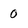
Character: 0